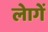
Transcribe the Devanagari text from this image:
लेागें